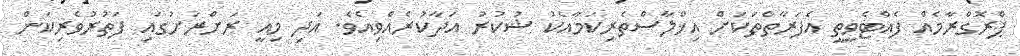
ޕްރޮގްރާމެއް ފެއްޓެވީތީ އެފަރާތްތަކަށް އިޚްލާސްތެރިކަމާއެކު ޝުކުރު އަދާކުރެއްވިއެވެ. އަދި މިއީ ރަށްރަށުގައި ފަތުރުވެރިކަން